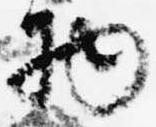
物